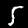
Digit: 5